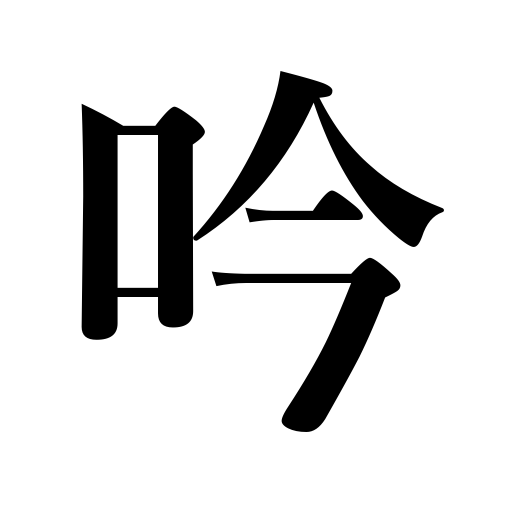
Meanings: song,singing,recital,poem